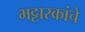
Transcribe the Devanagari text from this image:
भट्टारकांचे